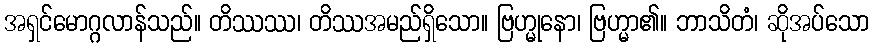
အရှင်မောဂ္ဂလာန်သည်။ တိဿဿ၊ တိဿအမည်ရှိသော။ ဗြဟ္မုနော၊ ဗြဟ္မာ၏။ ဘာသိတံ၊ ဆိုအပ်သော